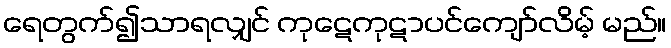
ရေတွက်၍သာရလျှင် ကုဋေကုဋာပင်ကျော်လိမ့် မည်။